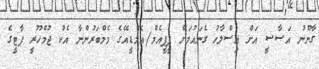
ގާނޫނު އަސާސީ އަށް އިސްލާހު ގެނައުމަށް ޕީޕީއެމް/އެމްޑީއޭގެ މެމްބަރުންނާ އެކު ޖުމްހޫރީ ޕާޓީގެ